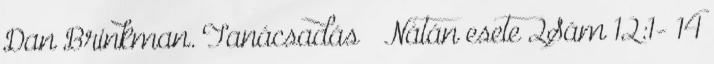
Dan Brinkman. Tanácsadás  Nátán esete 2Sám 12:1- 14